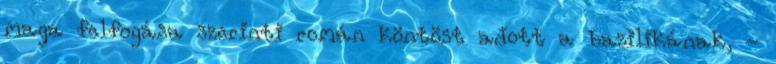
maga felfogása szerinti román köntöst adott a bazilikának, -